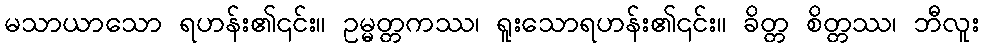
မသာယာသော ရဟန်း၏၎င်း။ ဥမ္မတ္တကဿ၊ ရူးသောရဟန်း၏၎င်း။ ခိတ္တ စိတ္တဿ၊ ဘီလူး